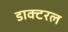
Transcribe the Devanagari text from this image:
डाक्टरल